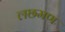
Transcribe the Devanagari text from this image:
लछमण